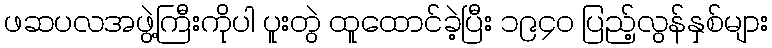
ဖဆပလအဖွဲ့ကြီးကိုပါ ပူးတွဲ ထူထောင်ခဲ့ပြီး ၁၉၄၀ ပြည့်လွန်နှစ်များ